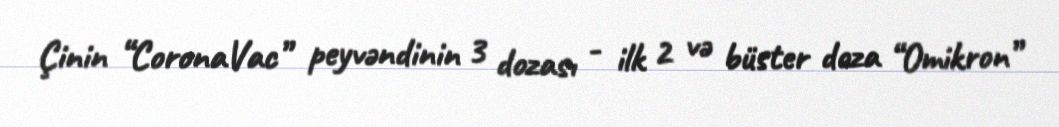
Çinin “CoronaVac” peyvəndinin 3 dozası - ilk 2 və büster doza “Omikron”